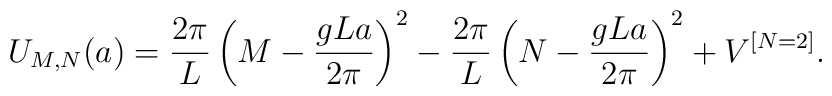
U_{M,N}(a)={2\pi \over L}\left( M-{gLa \over 2\pi} \right)^2-{2\pi \over L}\left( N-{gLa \over 2\pi} \right)^2+V^{[N=2]}.